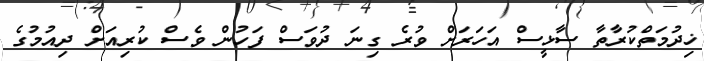
ޚިދުމަތްކުރާތާ ސާޅީސް އަހަރަށް ވުރެ ގިނަ ދުވަސް ފަހުން ވެސް ކުރިއަށް ދިއުމުގެ